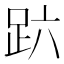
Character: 𰸆